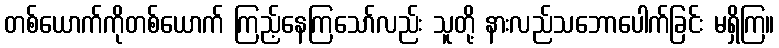
တစ်ယောက်ကိုတစ်ယောက် ကြည့်နေကြသော်လည်း သူတို့ နားလည်သဘောပေါက်ခြင်း မရှိကြ။